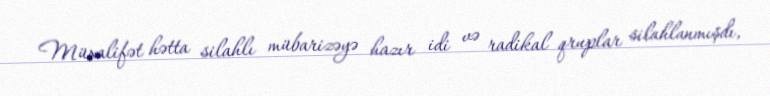
Müxalifət hətta silahlı mübarizəyə hazır idi və radikal qruplar silahlanmışdı,